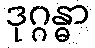
ဒုဂ္ဂန္ဓာ